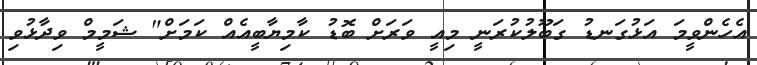
އެހެންވީމަ އަޅުގަނޑު ގަބޫލުކުރަނީ މިއީ ވަރަށް ބޮޑު ކާމިޔާބީއެއް ކަމަށް" ޝަމީމް ވިދާޅުވި